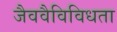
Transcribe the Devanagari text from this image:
जैववैविविधता